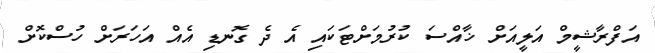
އަފްރާޝީމް އަލީއަށް ޚާއްސަ ކުރުމަށްޓަކައި އެ ދެ ގޮނޑި އެއް އަހަރަށް ހުސްކޮށް